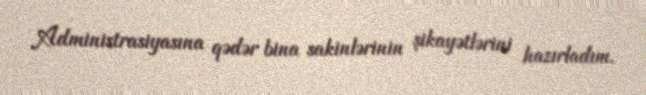
Administrasiyasına qədər bina sakinlərinin şikayətlərini hazırladım.